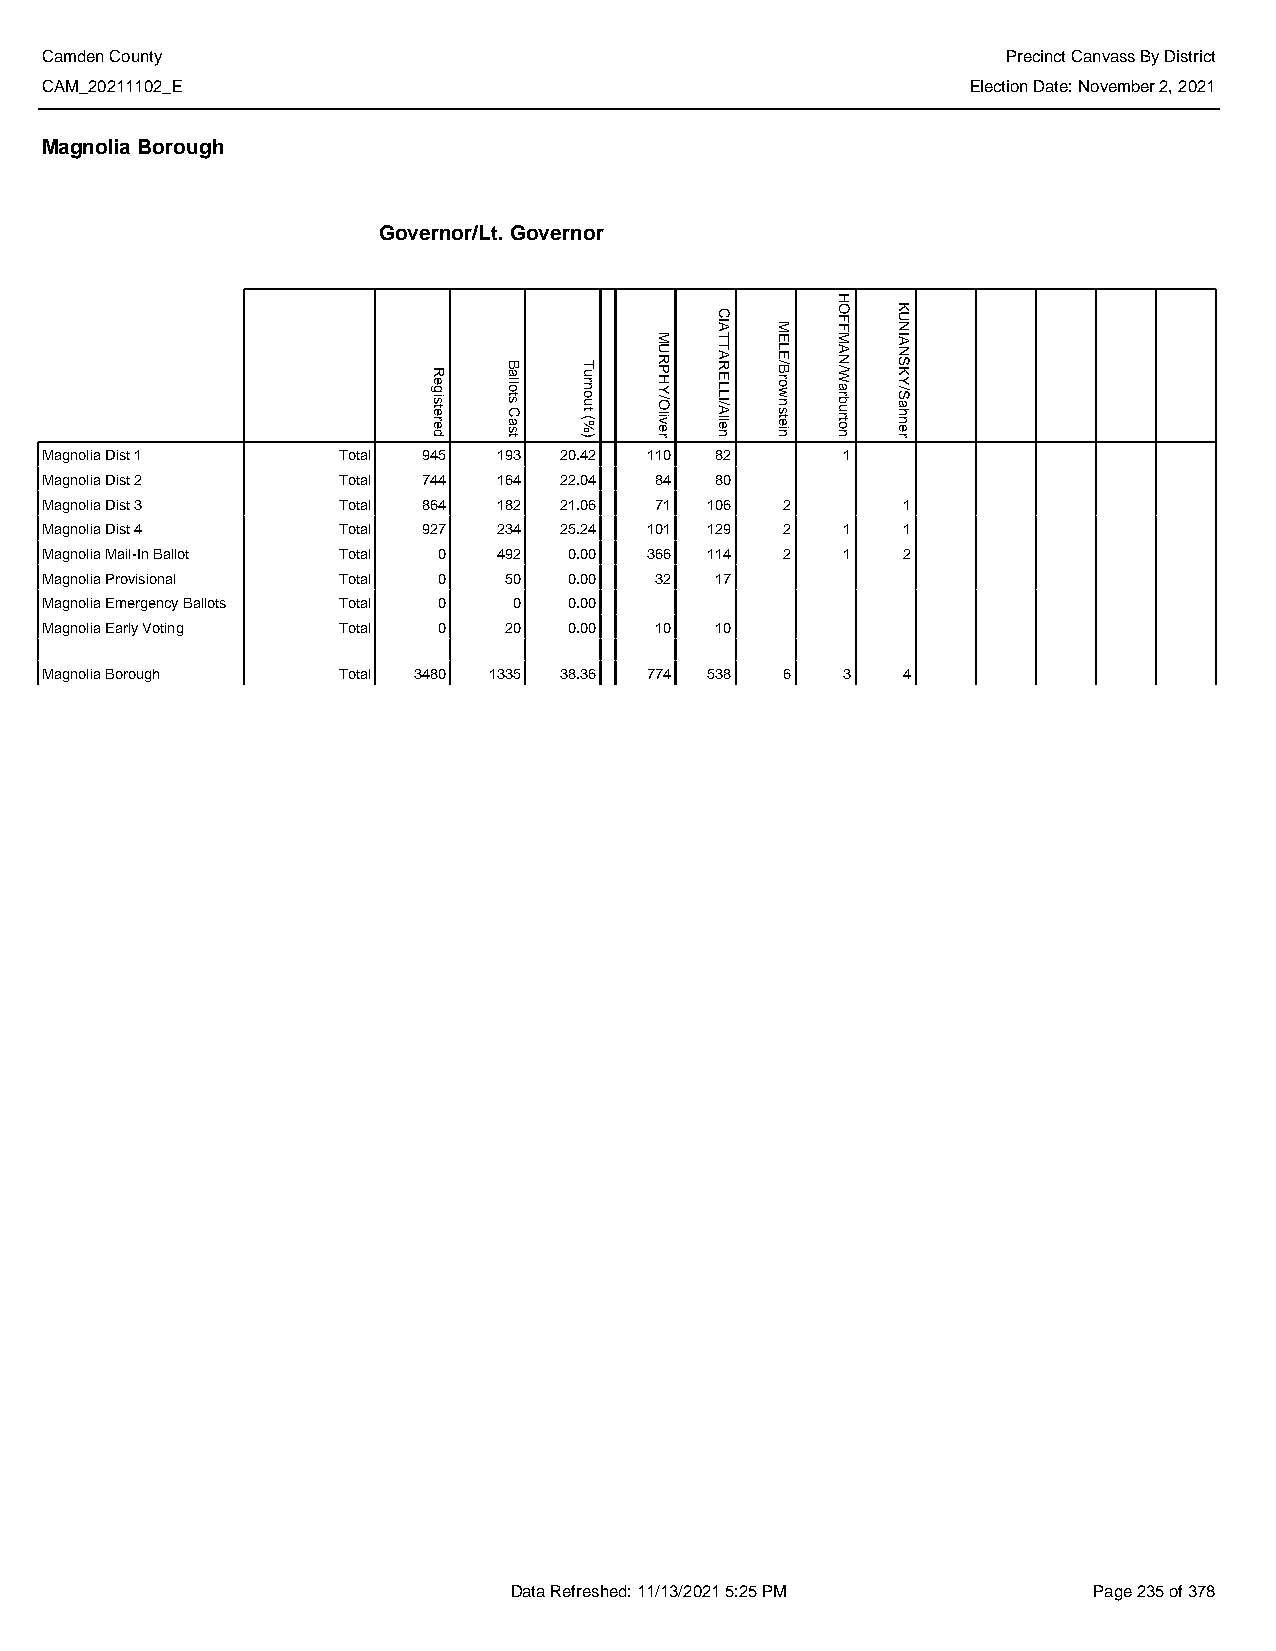
Camden County                                                   Precinct Canvass By District
 CAM_20211102_E                                               Election Date: November 2, 2021
 Magnolia Borough
 Governor/Lt. Governor
 Magnolia Dist 1    Total 945  193 20.42 110 82       1
 Magnolia Dist 2    Total 744  164 22.04 84  80
 Magnolia Dist 3    Total 864  182 21.06 71  106  2       1
 Magnolia Dist 4    Total 927  234 25.24 101 129  2   1   1
 Magnolia Mail-In Ballot Total 0 492 0.00 366 114 2   1   2
 Magnolia Provisional Total 0  50   0.00 32  17
 Magnolia Emergency Ballots Total 0 0 0.00
 Magnolia Early Voting Total 0 20   0.00 10  10
 Magnolia Borough   Total 3480 1335 38.36 774 538 6   3   4
 Data Refreshed: 11/13/2021 5:25 PM    Page 235 of 378
 Registered
 Ballots
 Cast
 Turnout
 (%)
 MURPHY/Oliver
 CIATTARELLI/Allen
 MELE/Brownstein
 HOFFMAN/Warburton
 KUNIANSKY/Sahner